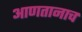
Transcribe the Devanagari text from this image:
आणतानाच